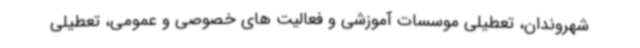
شهروندان، تعطیلی موسسات آموزشی و فعالیت های خصوصی و عمومی، تعطیلی